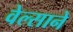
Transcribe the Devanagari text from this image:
वेल्साने